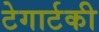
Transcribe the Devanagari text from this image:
टेगार्टकी